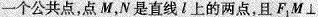
一个公共点，点M，N是直线l上的两点，且F_{1}Ml\perp